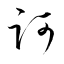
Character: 訶